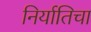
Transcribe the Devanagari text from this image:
निर्यातिचा